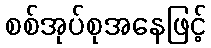
စစ်အုပ်စုအနေဖြင့်